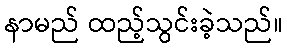
နာမည် ထည့်သွင်းခဲ့သည်။